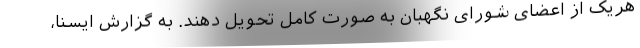
هریک از اعضای شورای نگهبان به صورت کامل تحویل دهند. به گزارش ایسنا،